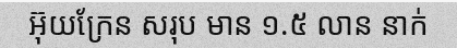
អ៊ុយក្រែន សរុប មាន ១.៥ លាន នាក់